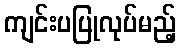
ကျင်းပပြုလုပ်မည့်